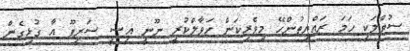
ސުވާލަކީ ހަމަ ރައްޔިތުންހޭ މިވެރިކަން ހަވާލްކުރީ ނޫނީ އީސީ ސަރީފޫ އާ ގުޅިގެން